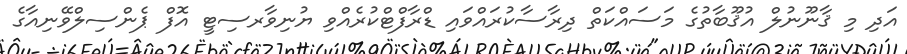
އަދި މި ޤާނޫނުލް އުޤޫބާތުގެ މަސައްކަތް ދިރާސާކުރައްވައި ޑްރާފްޓްކުރެއްވި ޔުނިވާރސިޓީ އޮފް ޕެންސިލްވޭނިއާގެ